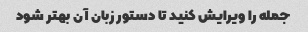
جمله را ویرایش کنید تا دستور زبان آن بهتر شود